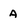
Character: a